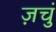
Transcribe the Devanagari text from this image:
ज़चुं